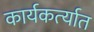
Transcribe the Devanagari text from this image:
कार्यकर्त्‍यात